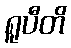
ရူပီတိ